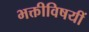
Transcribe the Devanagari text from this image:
भक्तीविषयीं